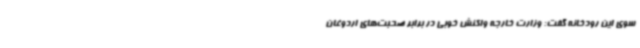
سوی این رودخانه گفت: وزارت خارجه واکنش خوبی در برابر صحبت‌های اردوغان